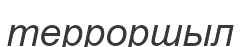
терроршыл